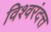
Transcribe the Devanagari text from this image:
विश्वरंदत्त